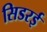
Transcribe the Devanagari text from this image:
सिडरई